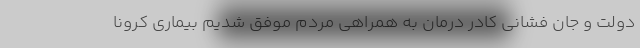
دولت و جان فشانی کادر درمان به همراهی مردم موفق شدیم بیماری کرونا